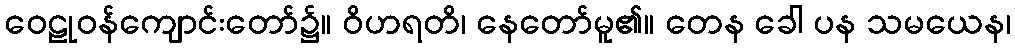
ဝေဠုဝန်ကျောင်းတော်၌။ ဝိဟရတိ၊ နေတော်မူ၏။ တေန ခေါ ပန သမယေန၊